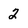
Character: 2